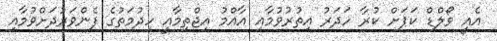
އެއީ ވޯލްޑް ކަޕަށް ކުރާ ހަދަރު އިތުރުވުމާއި އާއްމު އިޖްތިމާއީ ހިދުމަތުގެ ފެންވަރުދަށްވުމާއި